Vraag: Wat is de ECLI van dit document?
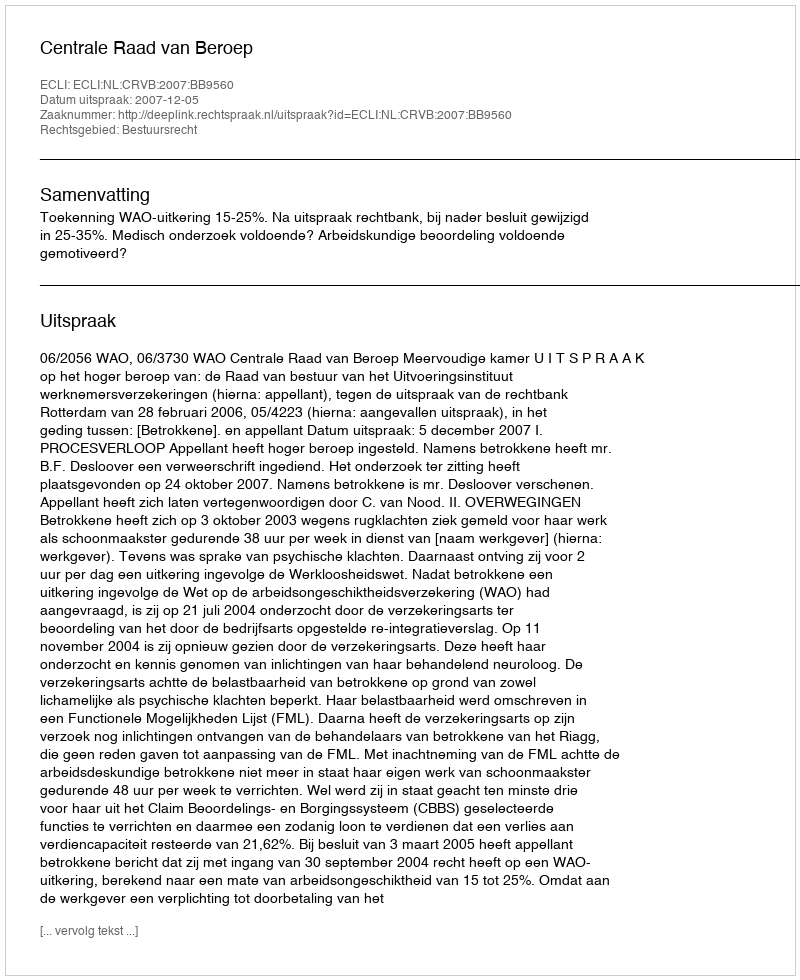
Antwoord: ECLI:NL:CRVB:2007:BB9560